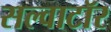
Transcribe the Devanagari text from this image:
सल्वाटॉर